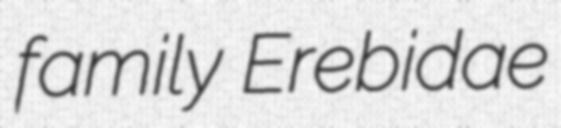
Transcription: family Erebidae